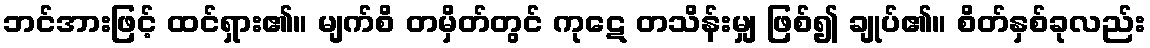
ဘင်အားဖြင့် ထင်ရှား၏။ မျက်စိ တမှိတ်တွင် ကုဋေ တသိန်းမျှ ဖြစ်၍ ချုပ်၏။ စိတ်နှစ်ခုလည်း